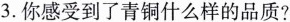
3.你感受到了青铜什么样的品质?